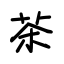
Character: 茶